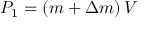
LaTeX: P _ { 1 } = \left( { m + \Delta m } \right) V